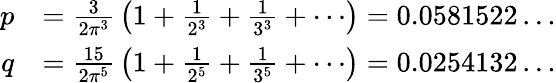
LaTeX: {\begin{array}{rl}{p}&{={\frac{3}{2\pi^{3}}}\left(1+{\frac{1}{2^{3}}}+{\frac{1}{3^{3}}}+\cdots\right)=0.0581522\ldots}\\ {q}&{={\frac{15}{2\pi^{5}}}\left(1+{\frac{1}{2^{5}}}+{\frac{1}{3^{5}}}+\cdots\right)=0.0254132\ldots}\end{array}}